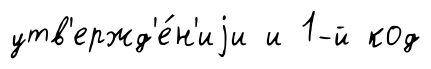
утв'ержд'е́н'иjи и 1-й код